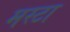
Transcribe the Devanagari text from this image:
मस्टा